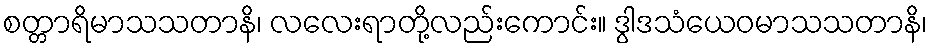
စတ္တာရိမာသသတာနိ၊ လလေးရာတို့လည်းကောင်း။ ဒွါဒသံယေဝမာသသတာနိ၊